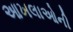
આખલાઓની